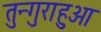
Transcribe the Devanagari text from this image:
तुन्गुराहुआ